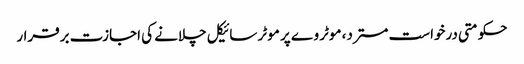
حکومتی درخواست مسترد، موٹر وے پر موٹر سائیکل چلانے کی اجازت برقرار